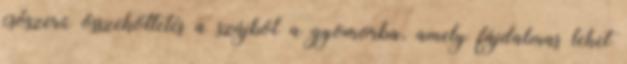
csőszerű összeköttetés a szájból a gyomorba, amely fájdalmas lehet